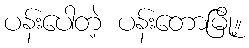
ပန်းပေါတဲ့ ပန်းတောမြို့။